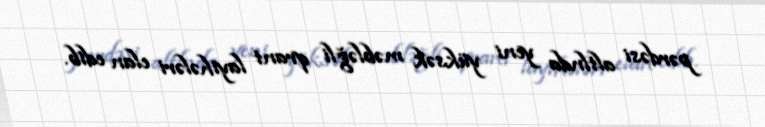
pərdəsi altlnda yeni yüksək məbləğli qrant layihələri elan edib.